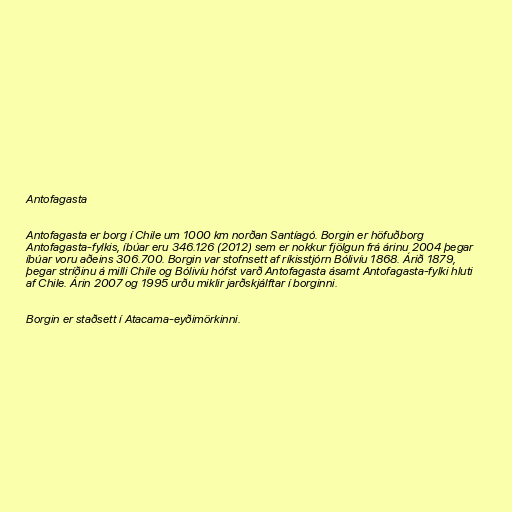
Antofagasta

Antofagasta er borg í Chile um 1000 km norðan Santíagó. Borgin er höfuðborg
Antofagasta-fylkis, íbúar eru 346.126 (2012) sem er nokkur fjölgun frá árinu 2004 þegar
íbúar voru aðeins 306.700. Borgin var stofnsett af ríkisstjórn Bólivíu 1868. Árið 1879,
þegar stríðinu á milli Chile og Bólivíu hófst varð Antofagasta ásamt Antofagasta-fylki hluti
af Chile. Árin 2007 og 1995 urðu miklir jarðskjálftar í borginni.

Borgin er staðsett í Atacama-eyðimörkinni.